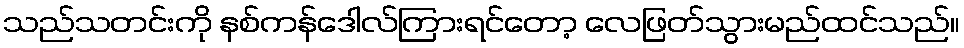
သည်သတင်းကို နစ်ကန်ဒေါလ်ကြားရင်တော့ လေဖြတ်သွားမည်ထင်သည်။